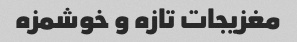
مغزیجات تازه و خوشمزه